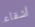
أشقاء